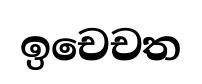
ඉචෙචත